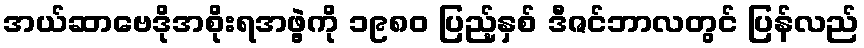
အယ်ဆာဗေဒိုအစိုးရအဖွဲ့ကို ၁၉၈၀ ပြည့်နှစ် ဒီဇင်ဘာလတွင် ပြန်လည်